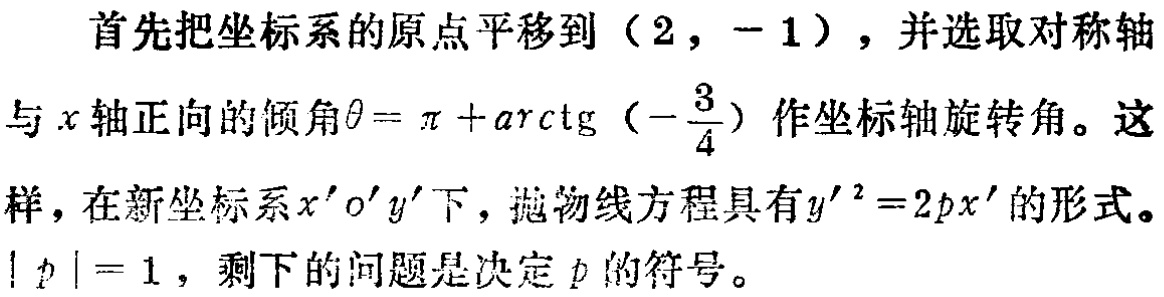
首先把坐标系的原点平移到\((2,-1)\)，并选取对称轴
与\(x\)轴正向的倾角\(\theta = \pi + \mathrm{arctg}\left(-\frac{3}{4}\right)\)作坐标轴旋转角。这
样，在新坐标系\(x'o'y'\)下，抛物线方程具有\(y'^{2}=2px'\)的形式。
\(\vert p\vert = 1\)，剩下的问题是决定\(p\)的符号。